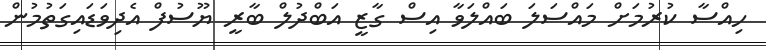
ހިއްސާ ކުރުމަށް މައްސަލަ ބައްލަވާ އިސް ގާޒީ އަބްދުލް ބާރީ ޔޫސުފް އެދިވަޑައިގަތުމުން